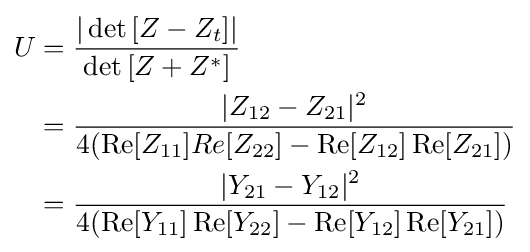
{\begin{aligned}U&={\dfrac {|\det {\left[Z-Z_{t}\right]}|}{\det {\left[Z+Z^{*}\right]}}}\\&={\dfrac {|Z_{12}-Z_{21}|^{2}}{4(\operatorname {Re} [Z_{11}]Re[Z_{22}]-\operatorname {Re} [Z_{12}]\operatorname {Re} [Z_{21}])}}\\&={\dfrac {|Y_{21}-Y_{12}|^{2}}{4(\operatorname {Re} [Y_{11}]\operatorname {Re} [Y_{22}]-\operatorname {Re} [Y_{12}]\operatorname {Re} [Y_{21}])}}\end{aligned}}